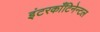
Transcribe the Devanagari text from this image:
इंटरकाँटिनेन्टल